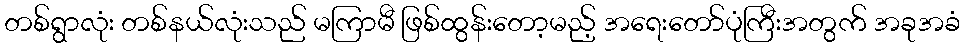
တစ်ရွာလုံး တစ်နယ်လုံးသည် မကြာမီ ဖြစ်ထွန်းတော့မည့် အရေးတော်ပုံကြီးအတွက် အခုအခံ